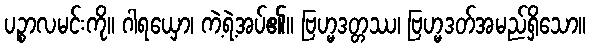
ပဉ္စာလမင်းကို။ ဂါရယှော၊ ကဲ့ရဲ့အပ်၏။ ဗြဟ္မဒတ္တဿ၊ ဗြဟ္မဒတ်အမည်ရှိသော။